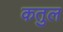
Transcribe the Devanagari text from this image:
कतुल